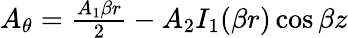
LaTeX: \begin{array}{r}{A_{\theta}=\frac{A_{1}\beta r}{2}-A_{2}I_{1}(\beta r)\cos{\beta z}}\end{array}